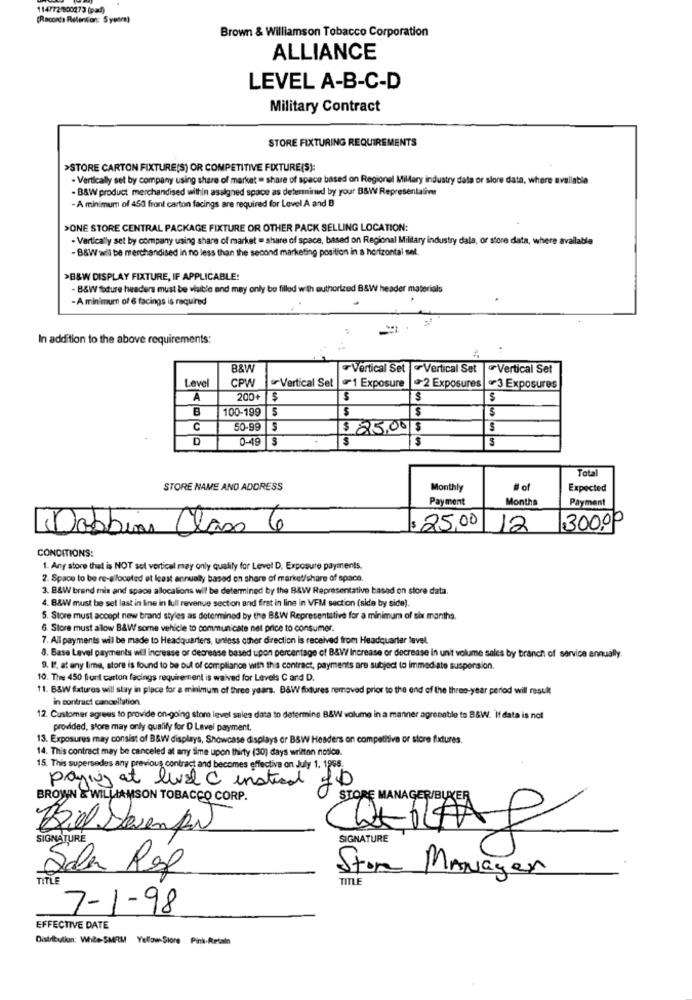
114772 800273 (pad)
(Raconte Retention: 5years)
Brown & Williamson Tobacco Corporation
ALLIANCE
LEVEL A-B-C-D
Military Contract
STORE FIXTURING REQUIREMENTS
>STORE CARTON FIXTURE(S) OR COMPETITIVE FIXTURE(S):
- Vertically set by company using share of market = share of space based on Regionel Millary industry data or siore data, where available
· B&W product merchandised within asalgned space as detenninid by your B&W Representatives
- A minimum of 450 front carton facings are required for Level A and B
>ONE STORE CENTRAL PACKAGE FIXTURE OR OTHER PACK SELLING LOCATION:
- Vertically set by company using share of market = share of space, based on Regional Military industry dala, or store data, where available
- B&W wil be merchandised in no less than the second marketing position in a horizontal set.
>B&W DISPLAY FIXTURE, IF APPLICABLE:
- B&W fodure headers must be visible and may only be filled with authorized B&W header materials
- A minimum of 6 facings is required
In addition to the above requirements:
B&W
Vertical Set Vertical Set
Vertical Set
Level
CPW
Vertical Set
1 Exposure
+2 Exposures
«3 Exposures
A
200+
B
100-199
$
$
$
C
50-99
$ 25.00 $
D
0-49
3
$
Total
STORE NAME AND ADDRESS
Monthly
# of
Expected
Payment
Months
Payment
Dobbia Class 6
$ 25,00
12
300,00
CONDITIONS:
1. Any store that is NOT sel vertical may only qualify for Level D, Exposure payments.
2. Space to be re-allocated at least annually based on shore of market/share of space.
3. 8&W brand mix and space allocations wil be determined by the B&W Representative based on store data.
4. B&W must be set last in line in full revenue section and firat in line in VFM section (side by side).
5. Store must accept new brand styles as determined by the B&W Representative for a minimum of six months.
6. Store must allow B&W some vehicle to communicate net price to consumer.
7. All payments wil be made to Headquarters, unless other direction is received from Headquarter level.
8. Base Level payments will increase or decrease based upon percentage of B&W/ Increase or decrease in unit volume sales by branch of service annually.
9. If, at any lime, store is found to be out of compliance with this contract, payments are subject to immediate suspension.
10. Time 450 front carton facings requirement is waived for Levels C and D.
11. B&W fxtures will stay in place for a minimum of three years. B&W fodures removed prior to the end of the three-year period will result
in contract cancellation.
12. Customer agrees to provide on-going store level sales data to determine B&W volume in a manner agreeable to B&W. It data is not
provided, store may only qualify for D Level payment.
13. Exposures may consist of B&W displays, Showcase displays or BSW Headers on competitive or store fixtures.
14. This contract may be canceled at any Sime upon thirty (30) days written notice
15. This supersedes any previous contract and becomes effective on July 1. 1995.
paying at level C instead of
BROWN & WILLIAMSON TOBACCO CORP.
STORE MANAGER/BUKER
Biel Devemfor
SIGNATURE
SIGNATURE
Sales Rep
Stor
TITLE
MANayer
7-1-98
EFFECTIVE DATE
Distribution: While-SMRM Yellow-Store Pink-Retaln